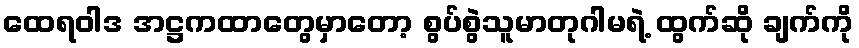
ထေရဝါဒ အဋ္ဌကထာတွေမှာတော့ စွပ်စွဲသူမာတုဂါမရဲ့ ထွက်ဆို ချက်ကို